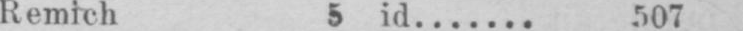
Remich 5 id....... 507